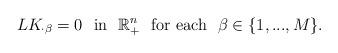
LaTeX: \begin{align*}LK_{\cdot\beta}=0\,\,\mbox{ in }\,\,\mathbb{R}^{n}_+\,\,\mbox{ for each }\,\,\beta\in\{1,...,M\}.\end{align*}